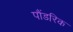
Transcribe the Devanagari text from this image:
पौंडरिक